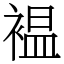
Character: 褞